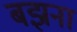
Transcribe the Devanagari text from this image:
बझना